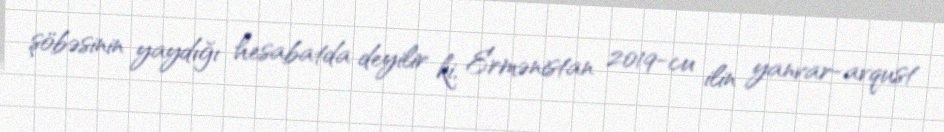
şöbəsinin yaydığı hesabatda deyilir ki, Ermənistan 2019-cu ilin yanvar-avqust